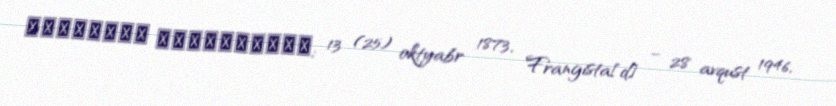
Γεώργιος Καφαντάρης; 13 (25) oktyabr 1873, Frangista[d] – 28 avqust 1946,